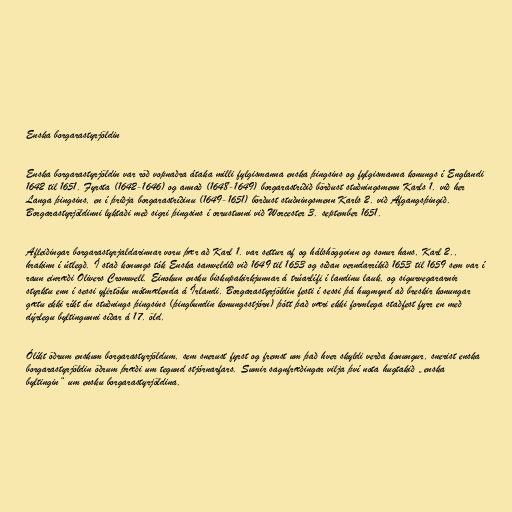
Enska borgarastyrjöldin

Enska borgarastyrjöldin var röð vopnaðra átaka milli fylgismanna enska þingsins og fylgismanna konungs í Englandi
1642 til 1651. Fyrsta (1642-1646) og annað (1648-1649) borgarastríðið börðust stuðningsmenn Karls 1. við her
Langa þingsins, en í þriðja borgarastríðinu (1649-1651) börðust stuðningsmenn Karls 2. við Afgangsþingið.
Borgarastyrjöldinni lyktaði með sigri þingsins í orrustunni við Worcester 3. september 1651.

Afleiðingar borgarastyrjaldarinnar voru þær að Karl 1. var settur af og hálshöggvinn og sonur hans, Karl 2.,
hrakinn í útlegð. Í stað konungs tók Enska samveldið við 1649 til 1653 og síðan verndarríkið 1653 til 1659 sem var í
raun einræði Olivers Cromwell. Einokun ensku biskupakirkjunnar á trúarlífi í landinu lauk, og sigurvegararnir
styrktu enn í sessi yfirtöku mótmælenda á Írlandi. Borgarastyrjöldin festi í sessi þá hugmynd að breskir konungar
gætu ekki ríkt án stuðnings þingsins (þingbundin konungsstjórn) þótt það væri ekki formlega staðfest fyrr en með
dýrlegu byltingunni síðar á 17. öld.

Ólíkt öðrum enskum borgarastyrjöldum, sem snerust fyrst og fremst um það hver skyldi verða konungur, snerist enska
borgarastyrjöldin öðrum þræði um tegund stjórnarfars. Sumir sagnfræðingar vilja því nota hugtakið „enska
byltingin“ um ensku borgarastyrjöldina.